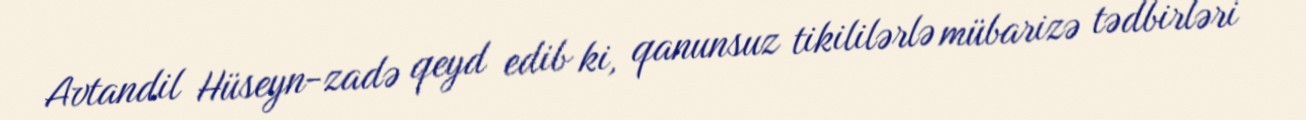
Avtandil Hüseyn-zadə qeyd edib ki, qanunsuz tikililərlə mübarizə tədbirləri